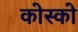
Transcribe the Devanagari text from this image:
कोस्को